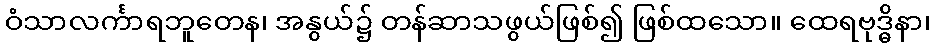
ဝံသာလင်္ကာရဘူတေန၊ အနွယ်၌ တန်ဆာသဖွယ်ဖြစ်၍ ဖြစ်ထသော။ ထေရဗုဒ္ဓိနာ၊